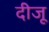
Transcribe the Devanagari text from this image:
दीजू